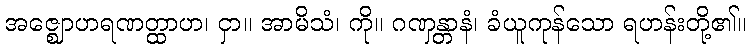
အဇ္ဈောဟရဏတ္ထာဟ၊ ငှာ။ အာမိသံ၊ ကို။ ဂဏှန္တာနံ၊ ခံယူကုန်သော ရဟန်းတို့၏။